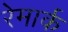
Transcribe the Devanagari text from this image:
रेमार्क